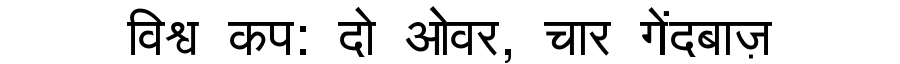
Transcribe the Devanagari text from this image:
विश्व कप: दो ओवर, चार गेंदबाज़